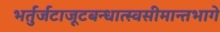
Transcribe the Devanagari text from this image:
भर्तुर्जटाजूटबन्धात्स्वसीमान्तभागे